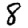
Digit: 8